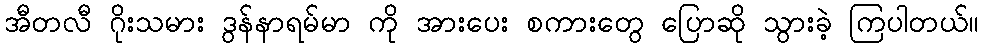
အီတလီ ဂိုးသမား ဒွန်နာရမ်မာ ကို အားပေး စကားတွေ ပြောဆို သွားခဲ့ ကြပါတယ်။